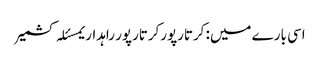
اسی بارے میں: کرتارپورکرتارپور راہداریمسئلہ کشمیر